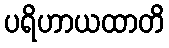
ပရိဟာယထာတိ